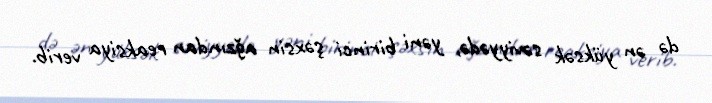
də ən yüksək səviyyədə, yəni birinci şəxsin ağzından reaksiya verib.